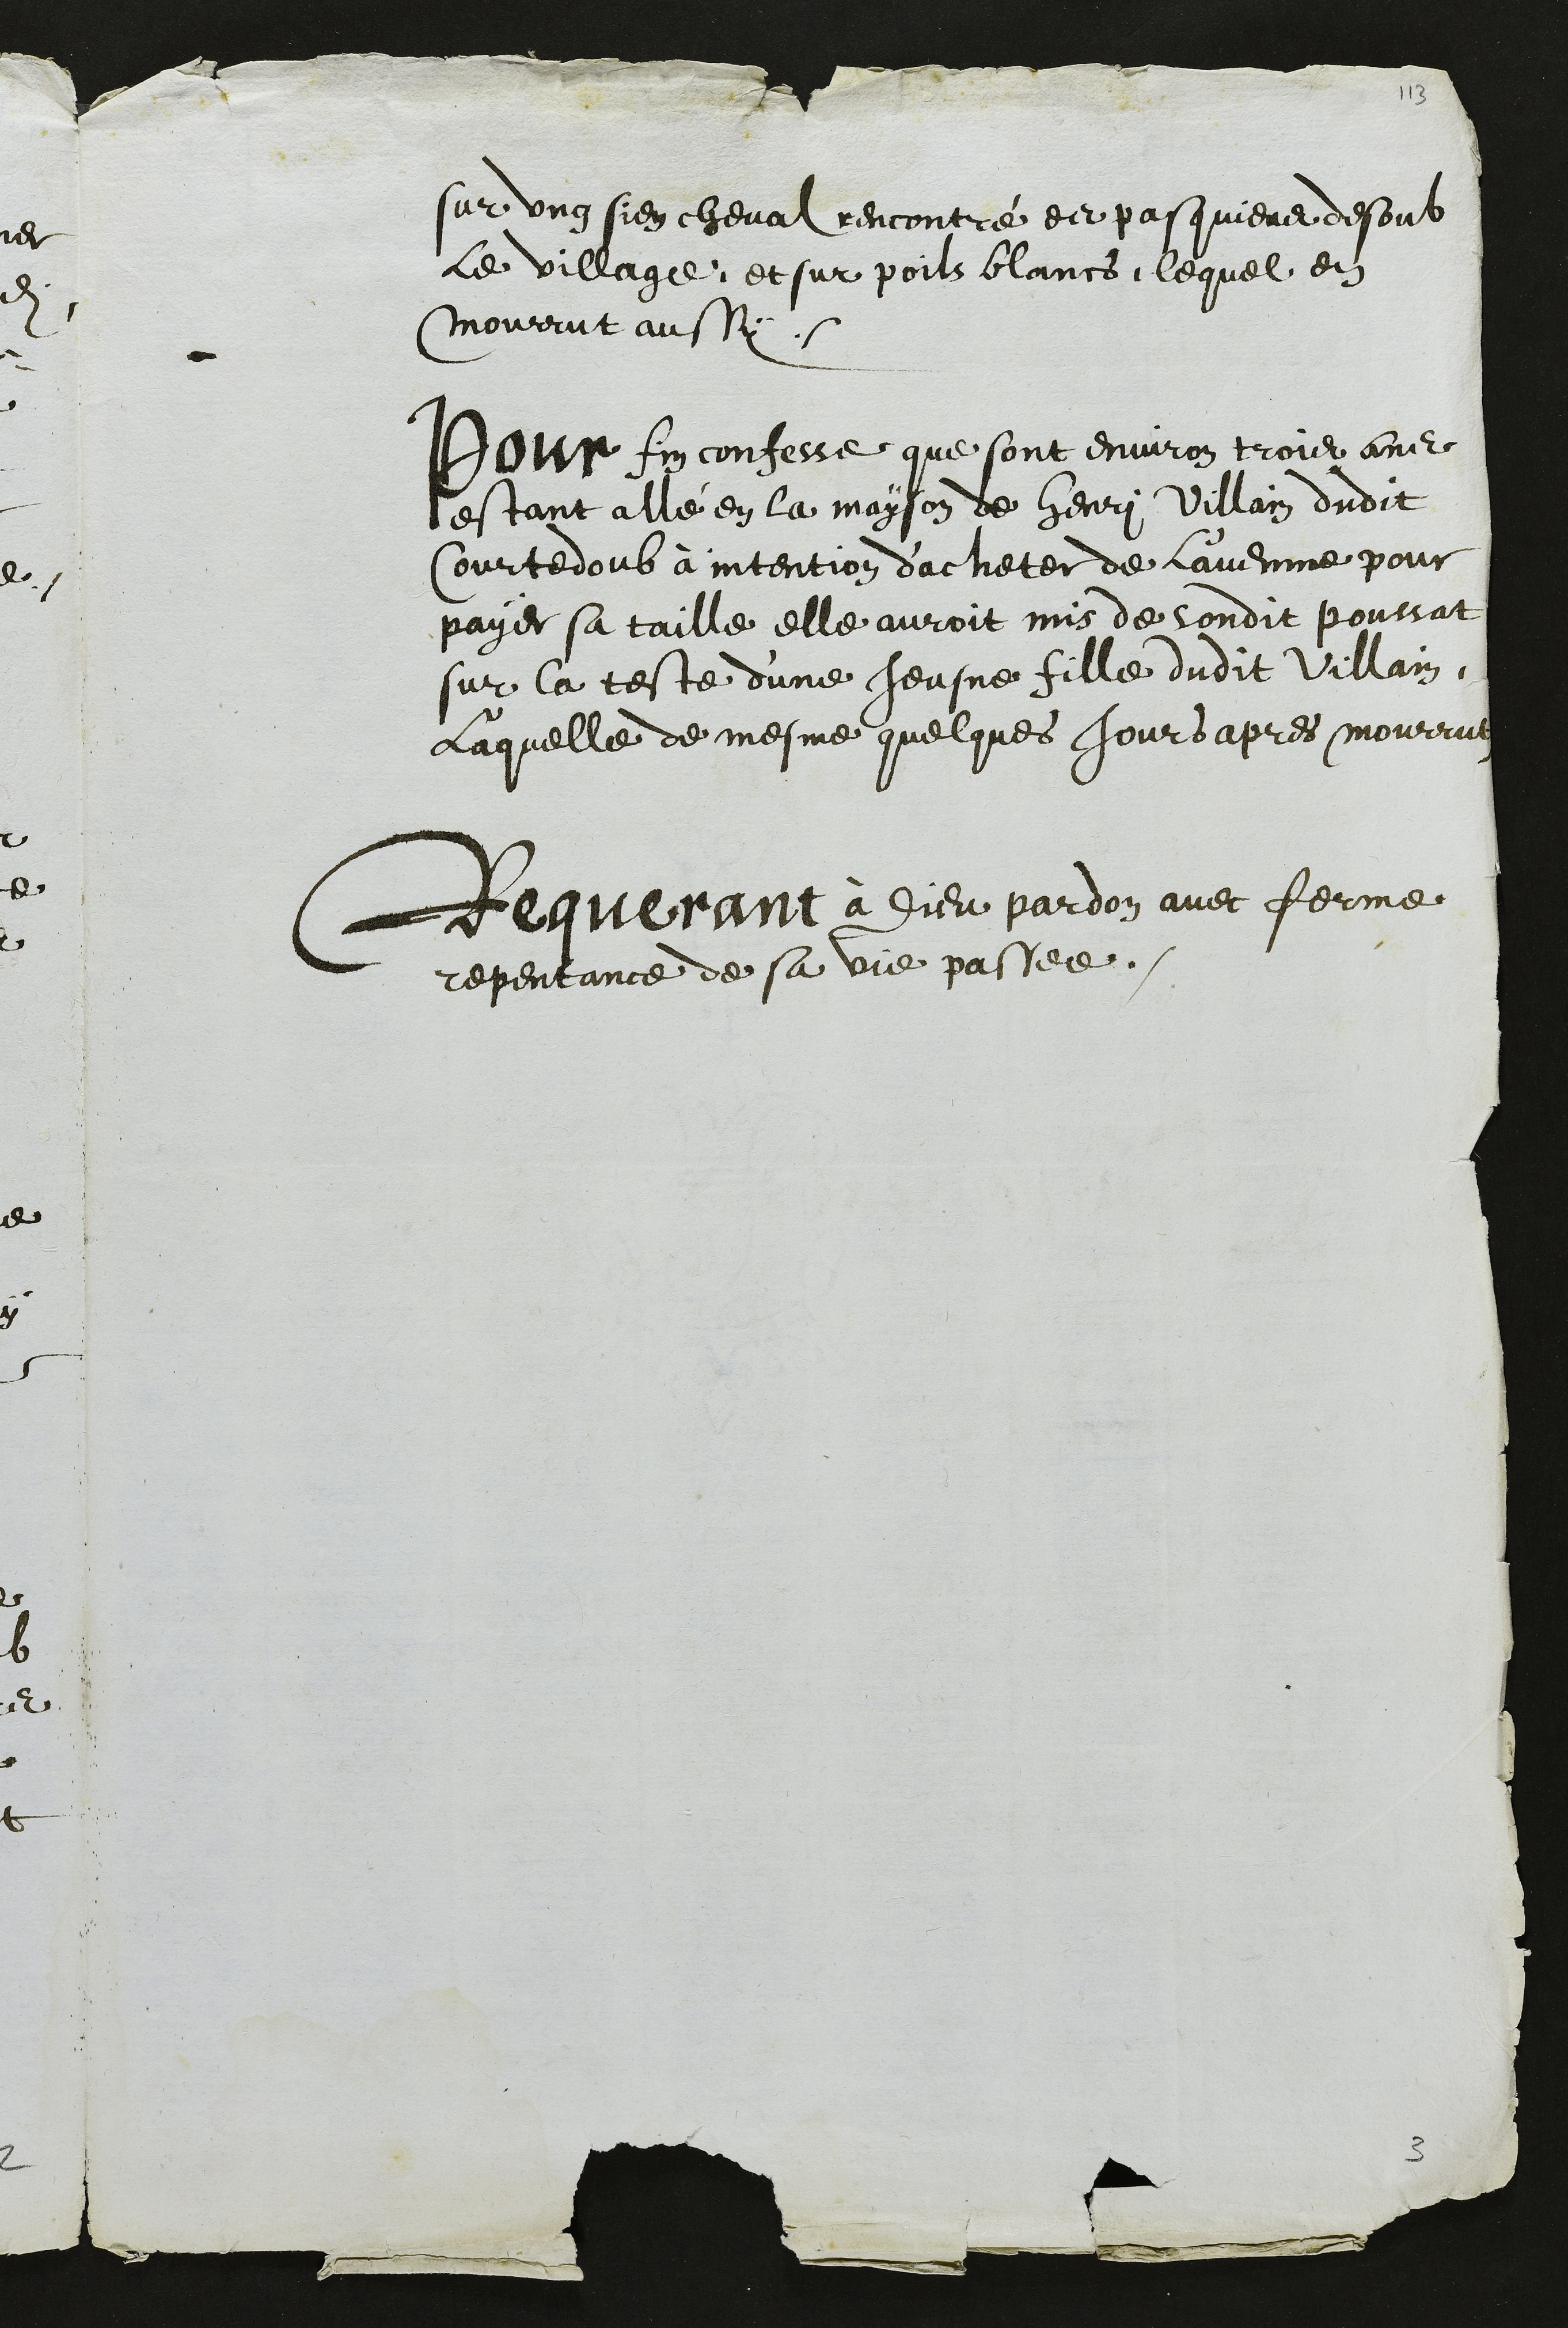
sur ung sien cheval rencontré es pasquiers desoub
le village, et sur poils blancs, lequel en
mourrut aussy
Pour fin confesse que sont environ trois ans
estant allé en la mayson de Henri Villain dudit
Courtedoub à intention d'acheter de l'avenne pour
payer sa taille elle auroit mis de sondit poussat
sur la teste d'une Jeusne fille dudit Villain
Laquelle de mesme quelques jours apres mourrut
Requerant à Dieu pardon avec ferme
repentance de sa vie passée.

3